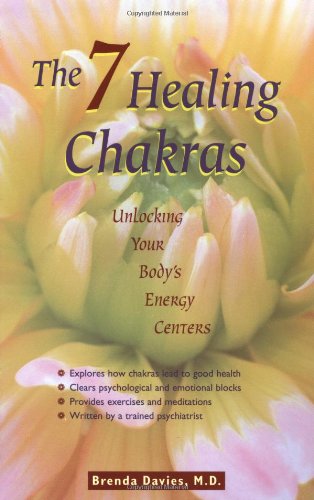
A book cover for The 7 Healing Chakras: Unlocking Your Body's Energy Centers; Brenda Davies; Religion & Spirituality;